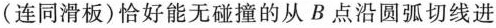
(连同滑板)恰好能无碰撞的从B点沿圆弧切线进